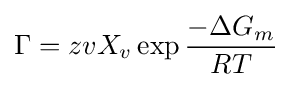
\Gamma =zvX_{v}\exp {\frac {-\Delta G_{m}}{RT}}